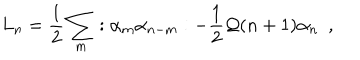
LaTeX: L _ { n } = \frac { 1 } { 2 } \sum _ { m } : \alpha _ { m } \alpha _ { n - m } : - \frac { 1 } { 2 } { \cal Q } ( n + 1 ) \alpha _ { n } ~ ~ ,